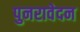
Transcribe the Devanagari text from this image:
पुनरावेदन